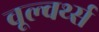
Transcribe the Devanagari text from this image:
वूल्वर्थ्स